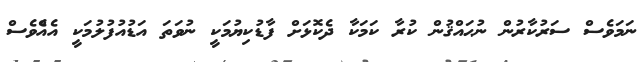
ނަމަވެސް ސަރުކާރުން ނުޙައްޤުން ކުރާ ކަމަކާ ދެކޮޅަށް ފާޑުކިޔުމަކީ ނުވަތަ އަޑުއުފުލުމަކީ އެއްެވެސް